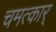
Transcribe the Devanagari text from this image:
चमत्कार्